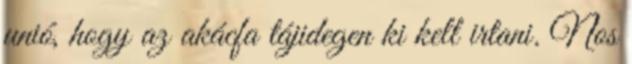
unió, hogy az akácfa tájidegen ki kell irtani. Nos